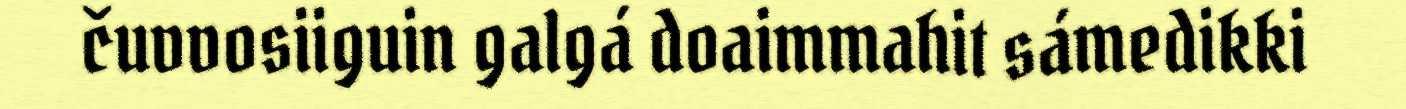
čuvvosiiguin galgá doaimmahit sámedikki